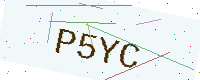
Text: P5YC